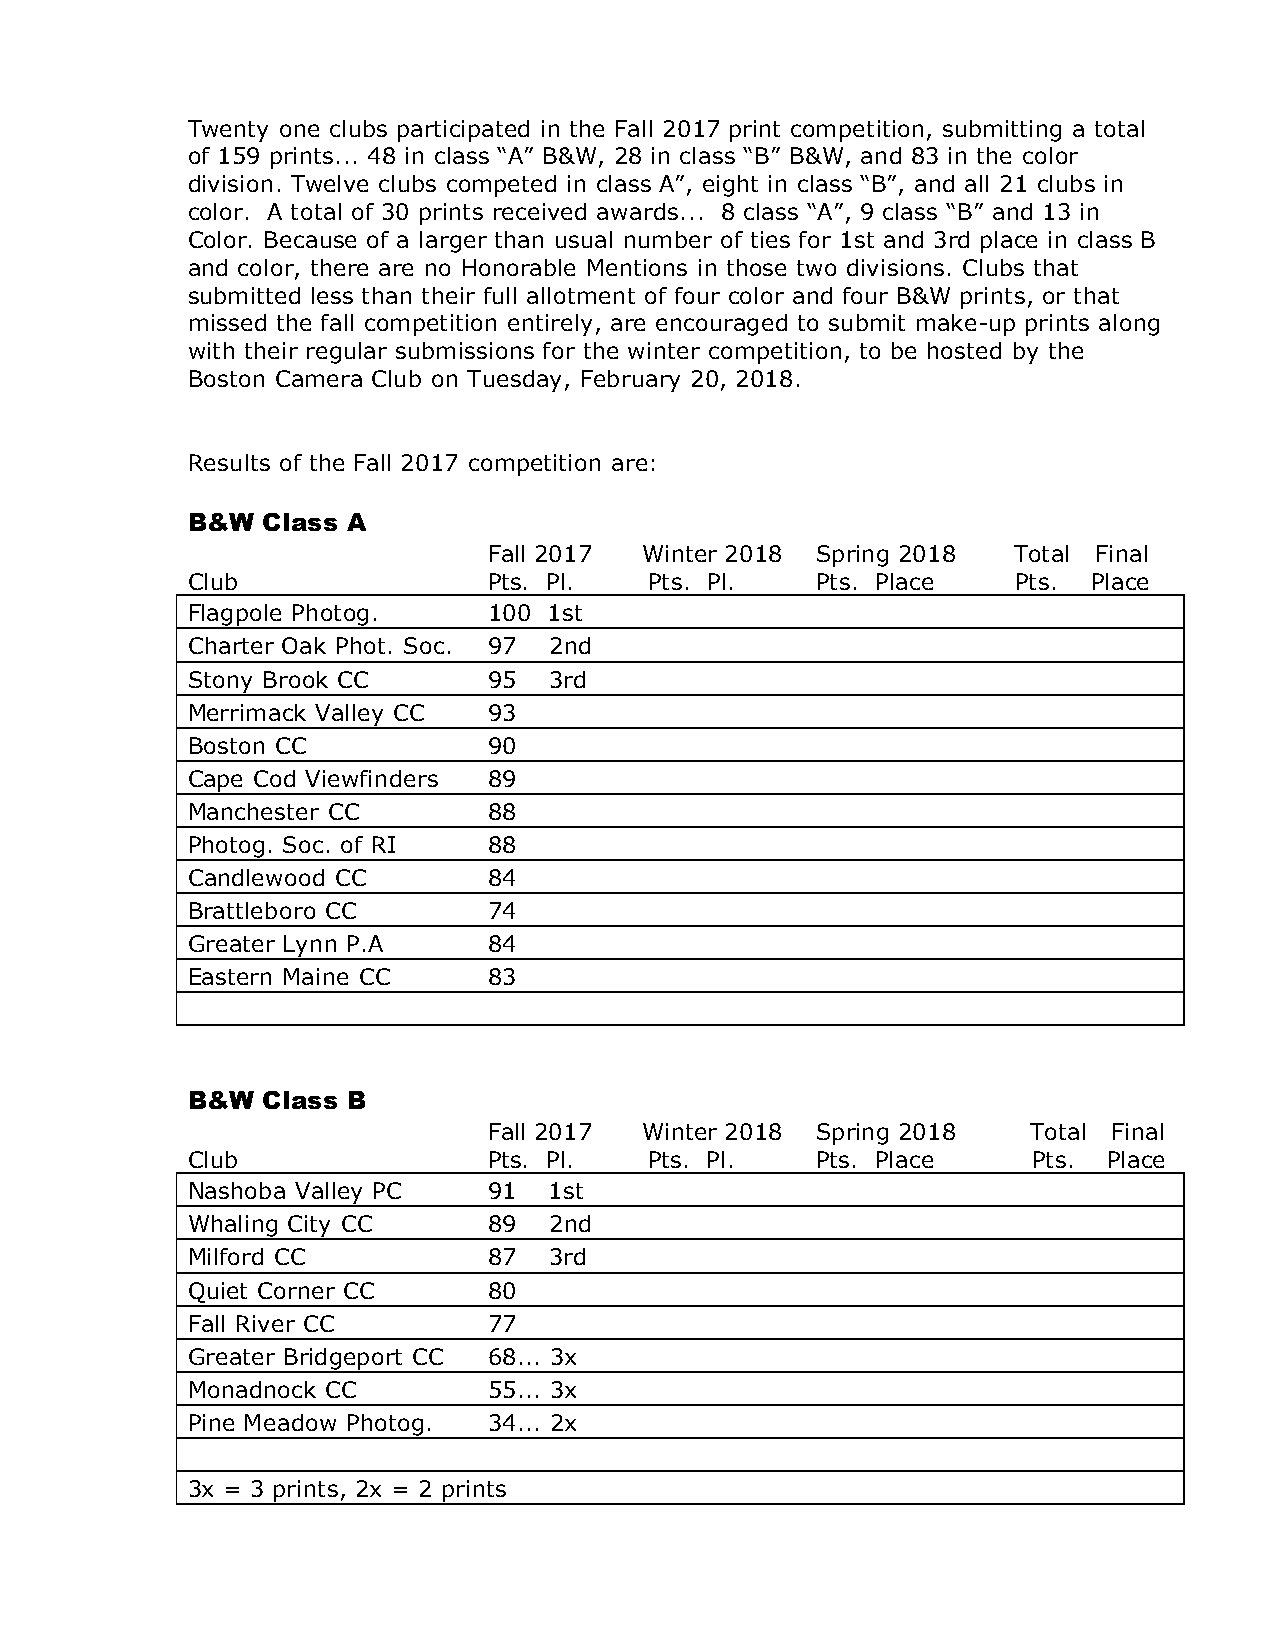
Twenty one clubs participated in the Fall 2017 print competition, submitting a total
 of 159 prints... 48 in class “A” B&W, 28 in class “B” B&W, and 83 in the color
 division. Twelve clubs competed in class A”, eight in class “B”, and all 21 clubs in
 color. A total of 30 prints received awards... 8 class “A”, 9 class “B” and 13 in
 Color. Because of a larger than usual number of ties for 1st and 3rd place in class B
 and color, there are no Honorable Mentions in those two divisions. Clubs that
 submitted less than their full allotment of four color and four B&W prints, or that
 missed the fall competition entirely, are encouraged to submit make-up prints along
 with their regular submissions for the winter competition, to be hosted by the
 Boston Camera Club on Tuesday, February 20, 2018.
 Results of the Fall 2017 competition are:
 B&W  Class A
 Fall 2017 Winter 2018 Spring 2018  Total Final
 Club                Pts. Pl.   Pts. Pl.   Pts. Place   Pts. Place
 Flagpole Photog.    100 1st
 Charter Oak Phot. Soc. 97 2nd
 Stony Brook CC      95  3rd
 Merrimack Valley CC 93
 Boston CC           90
 Cape Cod Viewfinders 89
 Manchester CC       88
 Photog. Soc. of RI  88
 Candlewood CC       84
 Brattleboro CC      74
 Greater Lynn P.A    84
 Eastern Maine CC    83
 B&W  Class B
 Fall 2017 Winter 2018 Spring 2018   Total Final
 Club                Pts. Pl.   Pts. Pl.   Pts. Place    Pts. Place
 Nashoba Valley PC   91  1st
 Whaling City CC     89  2nd
 Milford CC          87  3rd
 Quiet Corner CC     80
 Fall River CC       77
 Greater Bridgeport CC 68... 3x
 Monadnock CC        55... 3x
 Pine Meadow Photog. 34... 2x
 3x = 3 prints, 2x = 2 prints